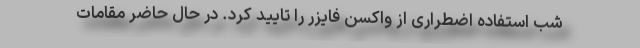
شب استفاده اضطراری از واکسن فایزر را تایید کرد. در حال حاضر مقامات